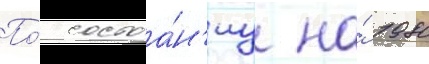
По́ состоа́н'иу на́ 1980